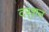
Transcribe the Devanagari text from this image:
दर्‍शन